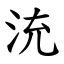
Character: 㳘